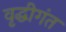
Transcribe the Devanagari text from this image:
वृद्धीगंत